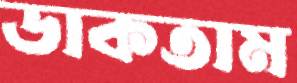
ডাকতাম